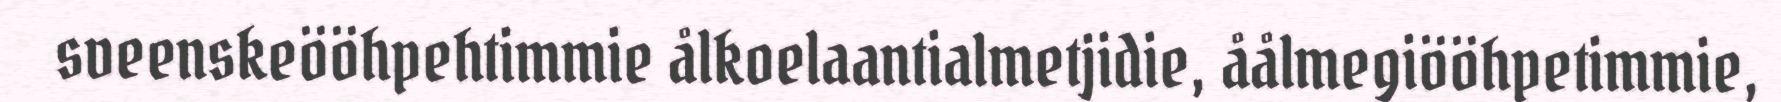
sveenskeööhpehtimmie ålkoelaantialmetjidie, åålmegiööhpetimmie,